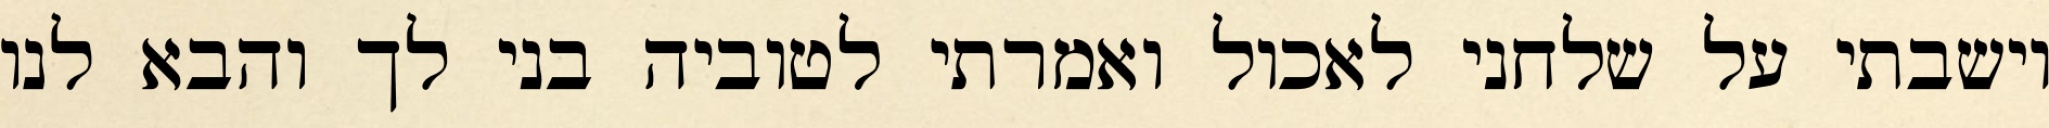
וישבתי על שלחני לאכול ואמרתי לטוביה בני לך והבא לנו